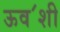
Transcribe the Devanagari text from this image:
ऊव॔शी